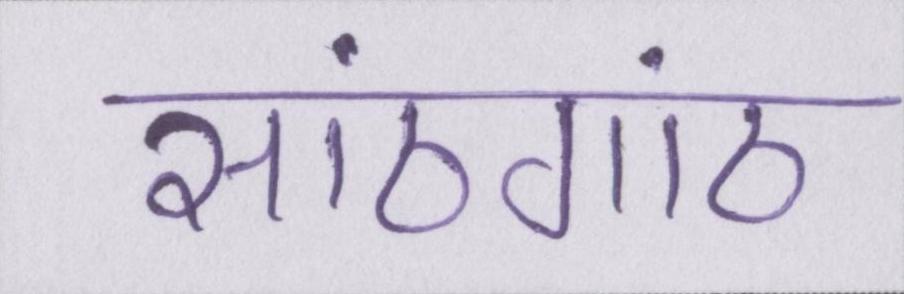
सांठगांठ